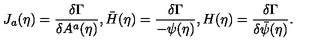
J _ { a } ( \eta ) = \frac { \delta \Gamma } { \delta A ^ { a } ( \eta ) } , \bar { H } ( \eta ) = \frac { \delta \Gamma } { - \psi ( \eta ) } , H ( \eta ) = \frac { \delta \Gamma } { \delta \bar { \psi } ( \eta ) } .